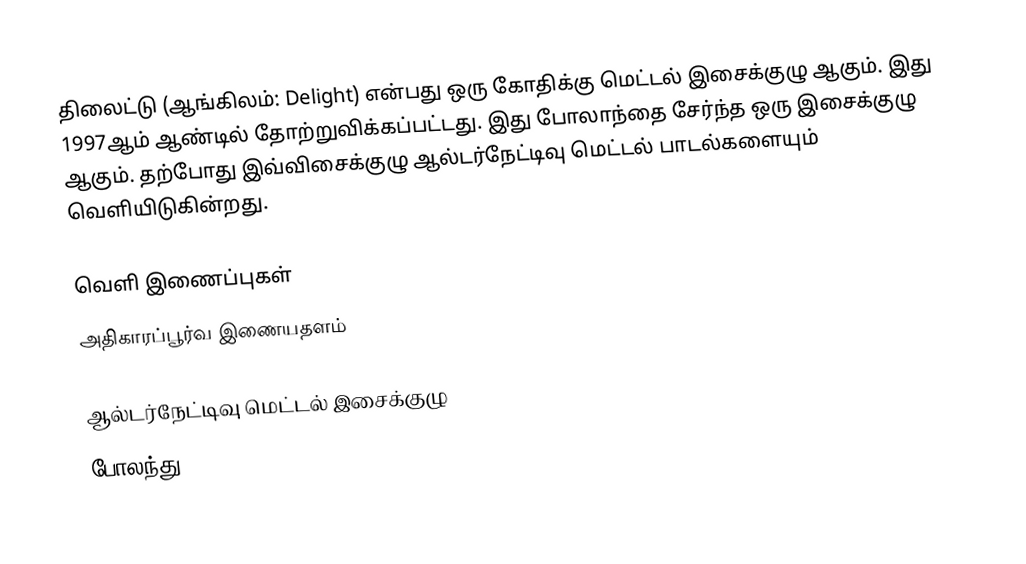
திலைட்டு (ஆங்கிலம்: Delight) என்பது ஒரு கோதிக்கு மெட்டல் இசைக்குழு ஆகும். இது 1997ஆம் ஆண்டில் தோற்றுவிக்கப்பட்டது. இது போலாந்தை சேர்ந்த ஒரு இசைக்குழு ஆகும். தற்போது இவ்விசைக்குழு ஆல்டர்நேட்டிவு மெட்டல் பாடல்களையும் வெளியிடுகின்றது.

வெளி இணைப்புகள்
 அதிகாரப்பூர்வ இணையதளம்

ஆல்டர்நேட்டிவு மெட்டல் இசைக்குழு
போலந்து